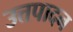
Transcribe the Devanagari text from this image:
उत्तपादन